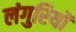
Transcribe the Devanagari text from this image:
लंगुरियों